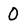
Character: 0